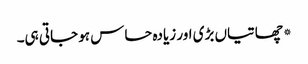
*چھاتیاں بڑی اور زیادہ حساس ہو جاتی ہی۔